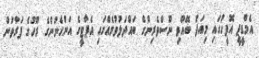
އެމްޑީޕީ އޮފީހުގައި މިއަދު ބޭއްވި ނޫސްވެރިންގެ ބައްދަލުވުމެއްގައި އެޕާޓީގެ އަންހެނުންގެ ރޫހުގެ ފަރާތުން